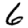
Digit: 6